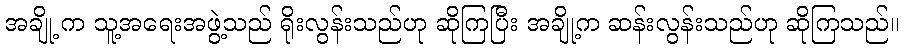
အချို့ က သူ့အရေးအဖွဲ့သည် ရိုးလွန်းသည်ဟု ဆိုကြပြီး အချို့က ဆန်းလွန်းသည်ဟု ဆိုကြသည်။